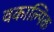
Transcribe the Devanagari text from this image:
वकाल्पिक